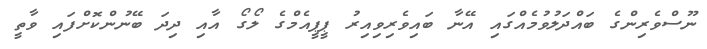
ނޫސްވެރިންގެ ބައްދަލުވުމެއްގައި އޭނާ ބައިވެރިވިއިރު ޕީޕީއެމްގެ ލޯގޯ އާއި ދިދަ ބޭނުންކޮށްފައި ވާތީ